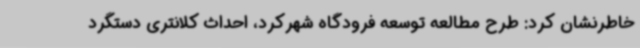
خاطرنشان کرد: طرح مطالعه توسعه فرودگاه شهرکرد، احداث کلانتری دستگرد